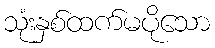
သုံးနှစ်ထက်မပိုသော